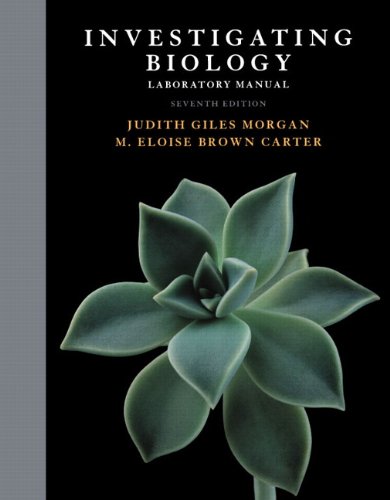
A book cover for Investigating Biology Lab Manual (7th Edition); Jane B. Reece; Science & Math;